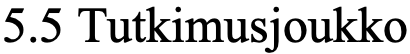
5.5 Tutkimusjoukko